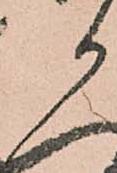
か